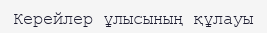
Керейлер ұлысының құлауы